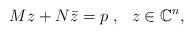
LaTeX: \begin{align*}M z + N \bar{z} = p~ , ~~ z \in \mathbb{C}^n,\end{align*}